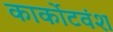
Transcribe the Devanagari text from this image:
कार्कोटवंश